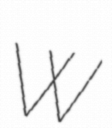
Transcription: W